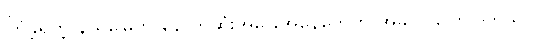
ကြုံခဲ့ရတဲ့ နယ်မြေက နောက်ဆုံးအခြေအနေတွေကို အခုလို ပြောပါတယ်။